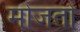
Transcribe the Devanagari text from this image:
मोजतो